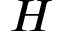
H